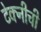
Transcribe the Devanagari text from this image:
टेक्नीची